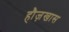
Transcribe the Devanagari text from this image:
हौज़खास